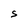
Character: S